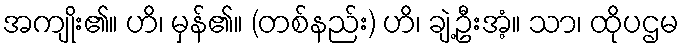
အကျိုး၏။ ဟိ၊ မှန်၏။ (တစ်နည်း) ဟိ၊ ချဲ့ဦးအံ့။ သာ၊ ထိုပဌမ